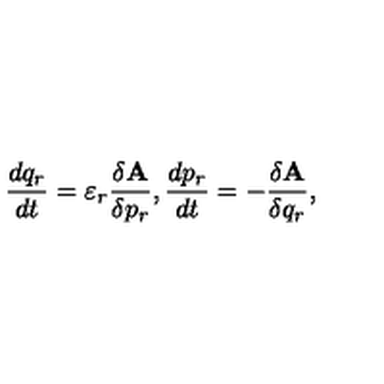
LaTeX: { \frac { d { q _ { r } } } { d t } } = \varepsilon _ { r } { \frac { \delta { \bf A } } { \delta p _ { r } } } , { \frac { d { p _ { r } } } { d t } } = - { \frac { \delta { \bf A } } { \delta q _ { r } } } ,